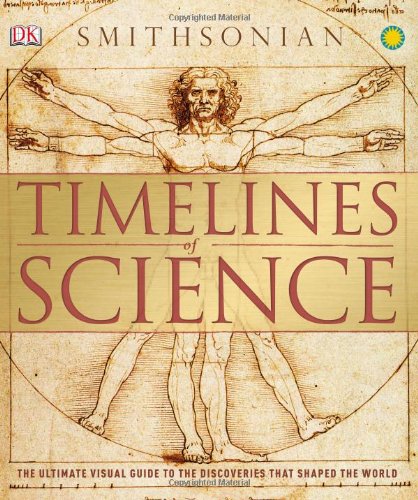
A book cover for Timelines of Science; DK Publishing; Science & Math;